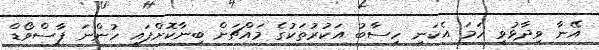
އޭނާ ވިދާޅުވީ ހަމަ އެކަނި ހިސާބު އަކުރުތަކުގެ މައްޗަށް ބިނާކޮށްފައި ހުންނަ ޕާސްވޯޑް